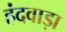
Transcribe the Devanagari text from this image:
हंदवाड़ा